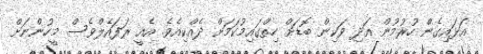
އަޅައިގެން ހުރުމުން އަދި ވަކިން ބޮޑަށް ހިތްގައިމުކަމަށް ދެއްކިއެވެ. އެއީ ރަފައެލްވެސް މީހުންނަށް